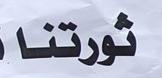
ثورتنا